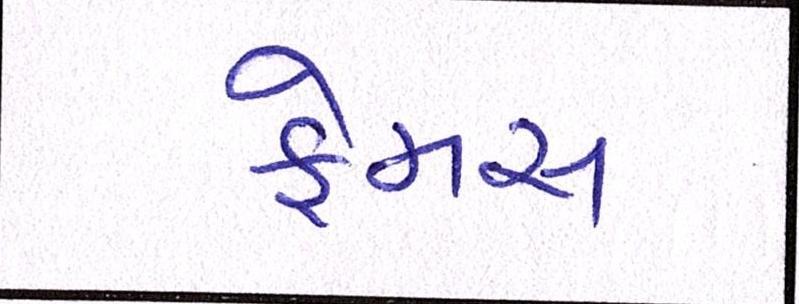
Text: ફેમસ